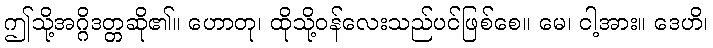
ဤသို့အဂ္ဂိဒတ္တဆို၏။ ဟောတု၊ ထိုသို့ဝန်လေးသည်ပင်ဖြစ်စေ။ မေ၊ ငါ့အား။ ဒေဟိ၊